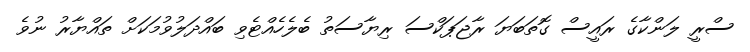
ސްރީ ލަންކާގެ ރައީސް ގޮތަބަޔަ ރާޖަޕަކްސަ ރިޔާސަތު ބެލެހެއްޓެވި ބައްދަލުވުމަކަށް ތައްޔާރު ނުވެ